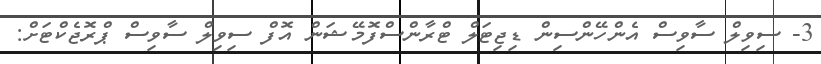
3- ސިވިލް ސާވިސް އެންހޭންސިން ޑިޖިޓަލް ޓްރާންސްފޮމޭޝަން އޮފް ސިވިލް ސާވިސް ޕްރޮޖެކްޓަށް: